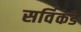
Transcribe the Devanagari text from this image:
सर्विकडे